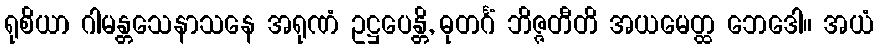
ရုစိယာ ဂါမန္တသေနာသနေ အရုဏံ ဥဋ္ဌပေန္တိ, ဓုတင်္ဂံ ဘိဇ္ဇတီတိ အယမေတ္ထ ဘေဒေါ။ အယံ